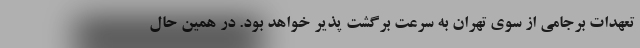
تعهدات برجامی از سوی تهران به سرعت برگشت پذیر خواهد بود. در همین حال